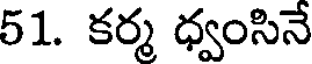
51. కర్మ ధ్వంసినే